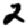
Digit: 2